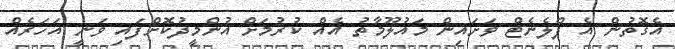
އެގޮތުން އެ ޕްލެނެޓް ވަށައިން މައުލޫމާތު އެއް ކުރުމަށް އުންމީދުކޮށްފައި ވަނީ އަހަރެއް